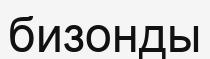
бизонды